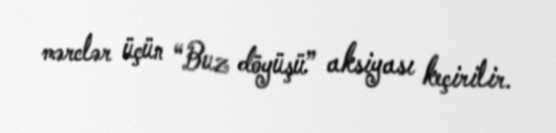
mərclər üçün “Buz döyüşü” aksiyası keçirilir.